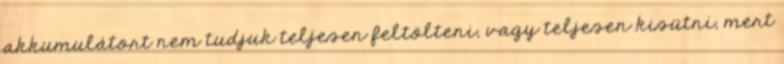
akkumulátort nem tudjuk teljesen feltölteni, vagy teljesen kisütni, mert